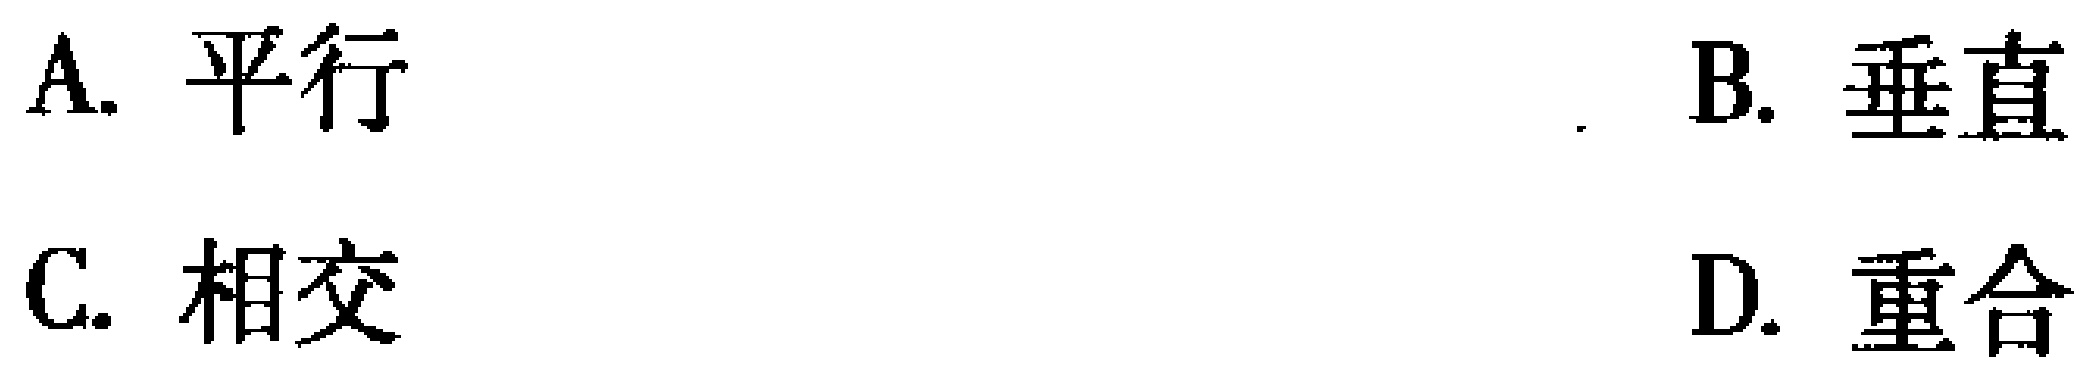
A. 平行
B. 垂直
C. 相交
D. 重合